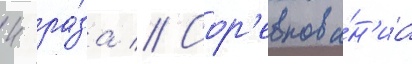
4 ра́за // Сор'евнова́н'иа